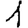
Digit: 1